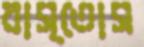
বাস্তোস